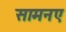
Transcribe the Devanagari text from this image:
सामनए